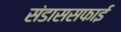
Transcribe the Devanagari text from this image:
संडाससफाई